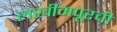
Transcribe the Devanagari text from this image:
लखीमपूरची